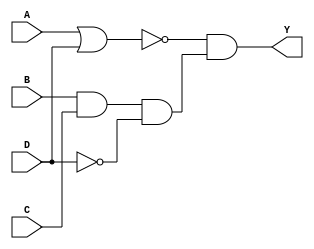

`timescale 10ns / 1ns
module comb_str(Y,A,B,C,D);
  output Y;
  input A,B,C,D;
  
  wire ou1,ou2,ou3,ou4;
  not u1(ou1,D);
  not u2(ou2,ou3);
  or u3(ou3,A,D);
  and u4(ou4,B,C,ou1);
  and u5(Y,ou2,ou4);
  
endmodule